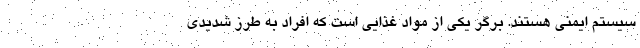
سیستم ایمنی هستند. برگر یکی از مواد غذایی است که افراد به طرز شدیدی